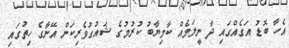
އެހާ ބޮޑު އަގެއްގައި ދާ ނީލަމެއް ކާމިޔާބު ކުރުމުގެ ޝައުގުވެރިކަން އޭނާގެ ހިތުގައި